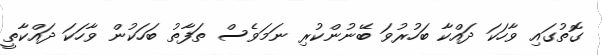
ގޮތުގައި ވާހަކަ ދައްކާ ބަހުރުވަ ބޭނުންކުރި ނަމަވެސް ތަފާތު ބަހަކުން ވާހަކަ ދައްކާތީ